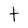
Character: t